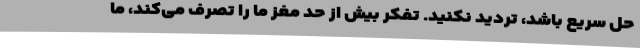
حل سریع باشد، تردید نکنید. تفکر بیش از حد مغز ما را تصرف می‌کند، ما